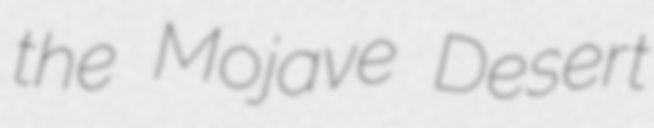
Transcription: the Mojave Desert